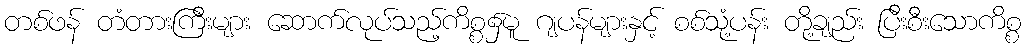
တစ်ဖန် တံတားကြီးများ ဆောက်လုပ်သည့်ကိစ္စ၌မူ ဂျပန်များနှင့် စစ်သုံ့ပန်း တို့ချည်း ပြီးစီးသောကိစ္စ